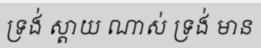
ទ្រង់ ស្តាយ ណាស់ ទ្រង់ មាន